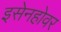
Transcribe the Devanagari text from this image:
इसेनहोवर